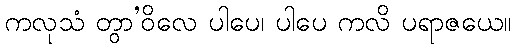
ကလုသံ တွာ’ဝိလေ ပါပေ၊ ပါပေ ကလိ ပရာဇယေ။